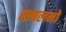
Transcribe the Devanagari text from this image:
स्खलनों